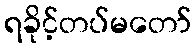
ရခိုင့်တပ်မတော်